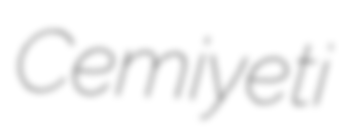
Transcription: Cemiyeti